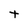
Character: t